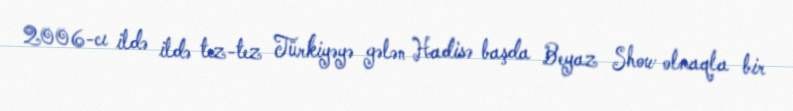
2006-cı ildə ildə tez-tez Türkiyəyə gələn Hadisə başda Beyaz Show olmaqla bir